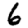
Digit: 6